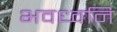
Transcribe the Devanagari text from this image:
भवध्वनि